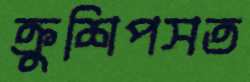
ক্রুশিপসত